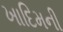
ખાદિમની